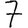
Digit: 7